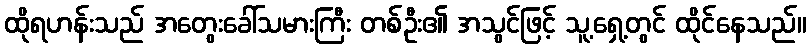
ထိုရဟန်းသည် အတွေးခေါ်သမားကြီး တစ်ဦး၏ အသွင်ဖြင့် သူ့ရှေ့တွင် ထိုင်နေသည်။